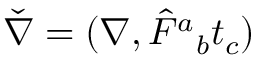
\check { \nabla } = ( \nabla , \hat { F } { } ^ { a } { } _ { b } t _ { c } )